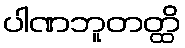
ပါဏဘူတတ္ထိ